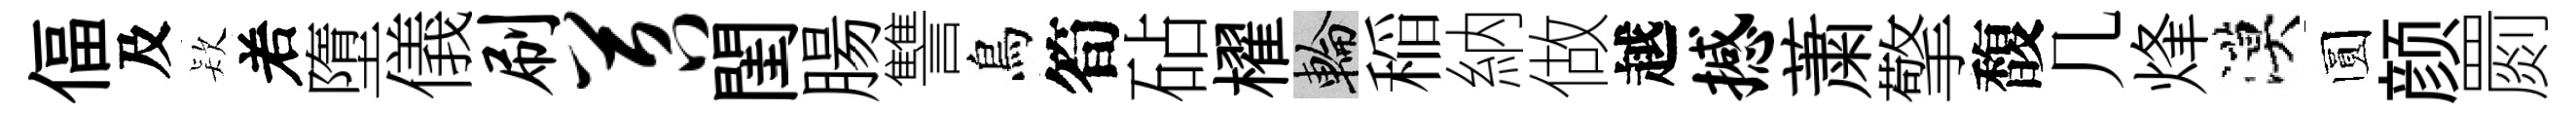
偪及𣣇𠰥墮儀刷苕閨腸讐鳥筍砧櫂輪稲納做越撼䔥擎馥几烽漠圆颜罽